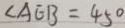
\angle A E B = 4 5 ^ { \circ }